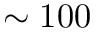
\sim 1 0 0